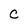
Character: c